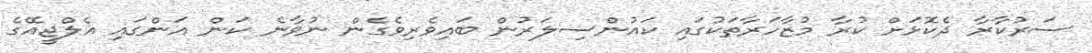
ސަރުކާރާ ދެކޮޅަށް ކުރާ މުޒާހަރާތަކުގައި ކައުންސިލަރުން ބައިވެރިވެގެން ނުވާނެ ކަން އަންގައި އެލްޖީއޭގެ